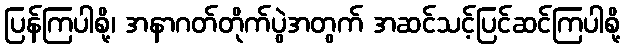
ပြန်ကြပါစို့၊ အနာဂတ်တိုက်ပွဲအတွက် အဆင်သင့်ပြင်ဆင်ကြပါစို့